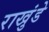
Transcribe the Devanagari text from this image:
राखुंडे